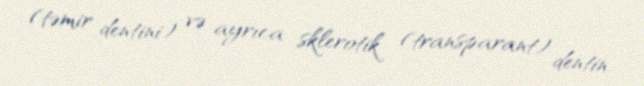
(təmir dentini) və ayrıca sklerotik (transparant) dentin.